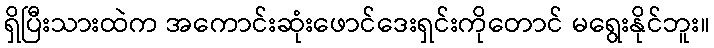
ရှိပြီးသားထဲက အကောင်းဆုံးဖောင်ဒေးရှင်းကိုတောင် မရွေးနိုင်ဘူး။